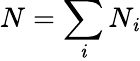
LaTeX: N=\sum_{\mathit{i}}N_{\mathit{i}}